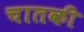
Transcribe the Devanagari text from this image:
चातकी